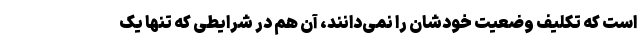
است که تکلیف وضعیت خودشان را نمی‌دانند، آن هم در شرایطی که تنها یک